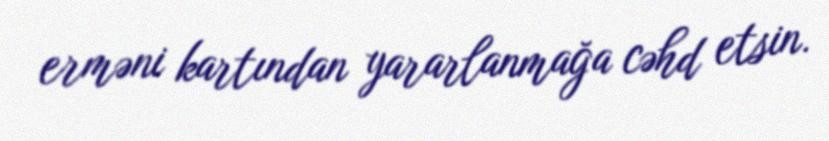
erməni kartından yararlanmağa cəhd etsin.